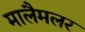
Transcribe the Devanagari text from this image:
मालैमलर